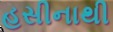
હસીનાથી